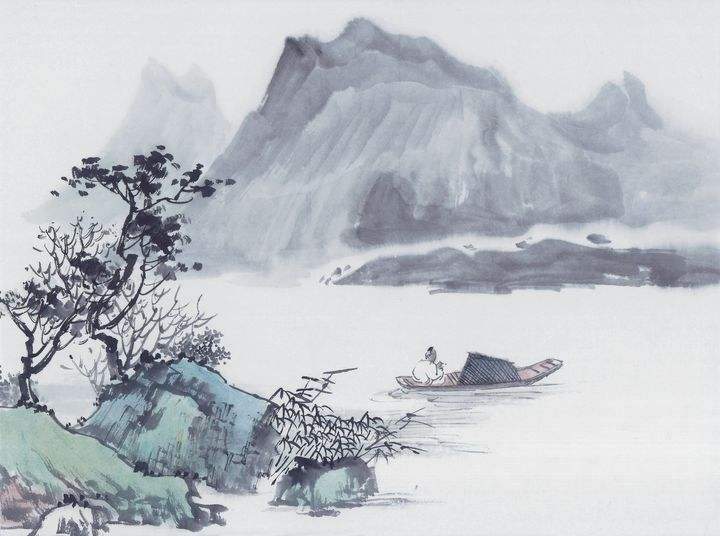
平生不下泪，于此泣无穷。